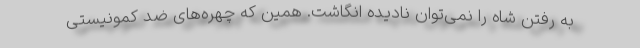
به رفتن شاه را نمی‌توان نادیده انگاشت. همین که چهره‌های ضد کمونیستی